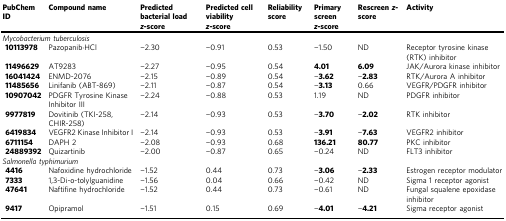
<table><thead><tr><td><b>PubChem ID</b></td><td><b>Compound name</b></td><td><b>Predicted bacterial load <i>z</i>-score</b></td><td><b>Predicted cell viability <i>z</i>-score</b></td><td><b>Reliability score</b></td><td><b>Primary screen <i>z</i>-score</b></td><td><b>Rescreen <i>z</i>-score</b></td><td><b>Activity</b></td></tr></thead><tbody><tr><td colspan="8"><i>Mycobacterium tuberculosis</i></td></tr><tr><td> <b>10113978</b></td><td>Pazopanib·HCl</td><td>−2.30</td><td>−0.91</td><td>0.53</td><td>−1.50</td><td>ND</td><td>Receptor tyrosine kinase (RTK) inhibitor</td></tr><tr><td> <b>11496629</b></td><td>AT9283</td><td>−2.27</td><td>−0.95</td><td>0.54</td><td><b>4.01</b></td><td><b>6.09</b></td><td>JAK/Aurora kinase inhibitor</td></tr><tr><td> <b>16041424</b></td><td>ENMD-2076</td><td>−2.15</td><td>−0.89</td><td>0.54</td><td>−<b>3.62</b></td><td>−<b>2.83</b></td><td>RTK/Aurora A inhibitor</td></tr><tr><td> <b>11485656</b></td><td>Linifanib (ABT-869)</td><td>−2.11</td><td>−0.87</td><td>0.54</td><td>−<b>3.13</b></td><td>0.66</td><td>VEGFR/PDGFR inhibitor</td></tr><tr><td> <b>10907042</b></td><td>PDGFR Tyrosine Kinase Inhibitor III</td><td>−2.24</td><td>−0.88</td><td>0.53</td><td>1.19</td><td>ND</td><td>PDGFR inhibitor</td></tr><tr><td> <b>9977819</b></td><td>Dovitinib (TKI-258, CHIR-258)</td><td>−2.14</td><td>−0.93</td><td>0.53</td><td>−<b>3.70</b></td><td>−<b>2.02</b></td><td>RTK inhibitor</td></tr><tr><td> <b>6419834</b></td><td>VEGFR2 Kinase Inhibitor I</td><td>−2.14</td><td>−0.93</td><td>0.53</td><td>−<b>3.91</b></td><td>−<b>7.63</b></td><td>VEGFR2 inhibitor</td></tr><tr><td> <b>6711154</b></td><td>DAPH 2</td><td>−2.08</td><td>−0.93</td><td>0.68</td><td><b>136.21</b></td><td><b>80.77</b></td><td>PKC inhibitor</td></tr><tr><td> <b>24889392</b></td><td>Quizartinib</td><td>−2.00</td><td>−0.87</td><td>0.65</td><td>−0.24</td><td>ND</td><td>FLT3 inhibitor</td></tr><tr><td colspan="8"><i>Salmonella typhimurium</i></td></tr><tr><td> <b>4416</b></td><td>Nafoxidine hydrochloride</td><td>−1.52</td><td>0.44</td><td>0.73</td><td>−<b>3.06</b></td><td>−<b>2.33</b></td><td>Estrogen receptor modulator</td></tr><tr><td> <b>7333</b></td><td>1,3-Di-o-tolylguanidine</td><td>−1.56</td><td>0.04</td><td>0.66</td><td>−0.42</td><td>ND</td><td>Sigma 1 receptor agonist</td></tr><tr><td> <b>47641</b></td><td>Naftifine hydrochloride</td><td>−1.52</td><td>0.44</td><td>0.73</td><td>−0.61</td><td>ND</td><td>Fungal squalene epoxidase inhibitor</td></tr><tr><td> <b>9417</b></td><td>Opipramol</td><td>−1.51</td><td>0.15</td><td>0.69</td><td>−<b>4.01</b></td><td>−<b>4.21</b></td><td>Sigma receptor agonist</td></tr></tbody></table>